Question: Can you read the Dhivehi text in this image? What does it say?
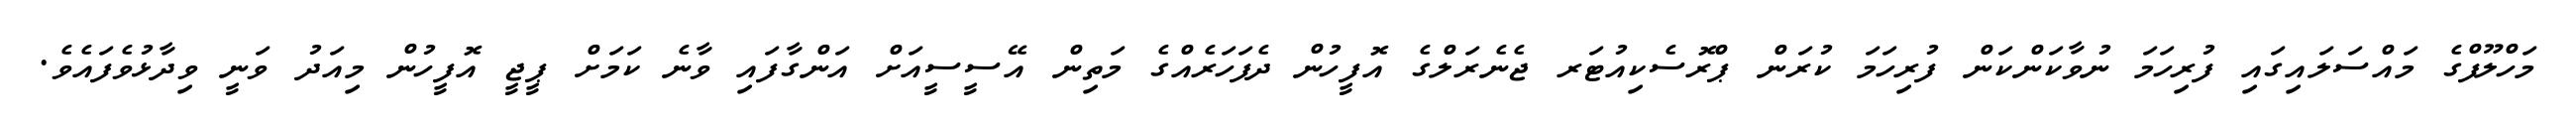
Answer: މަހްލޫފްގެ މައްސަލައިގައި ފުރިހަމަ ނުވާކަންކަން ފުރިހަމަ ކުރަން ޕްރޮސެކިއުޓަރ ޖެނެރަލްގެ އޮފީހުން ދެފަހަރެއްގެ މަތިން އޭސީސީއަށް އަންގާފައި ވާނެ ކަމަށް ޕީޖީ އޮފީހުން މިއަދު ވަނީ ވިދާޅުވެފައެވެ.